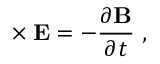
\mathbf { \nabla } \times \mathbf { E } = - \frac { \partial \mathbf { B } } { \partial t } ~ ,